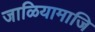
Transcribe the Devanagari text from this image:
जाळियामाजि